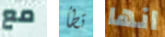
مع تطأ انها